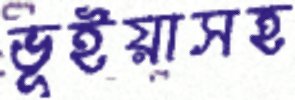
ভূইয়াসহ